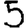
Digit: 5